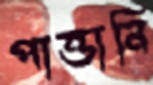
পাত্তানি